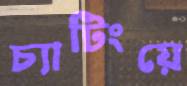
চ্যাটিংয়ে